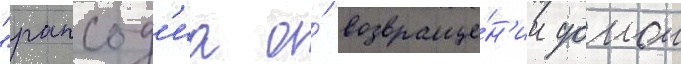
"рапсод'иа о́ возвраще́н'ии домои